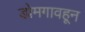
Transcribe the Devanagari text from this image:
डोमगावहून